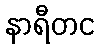
နာရီတင